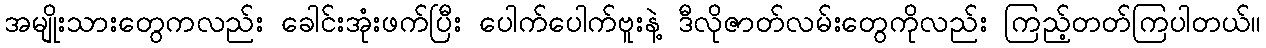
အမျိုးသားတွေကလည်း ခေါင်းအုံးဖက်ပြီး ပေါက်ပေါက်ဗူးနဲ့ ဒီလိုဇာတ်လမ်းတွေကိုလည်း ကြည့်တတ်ကြပါတယ်။